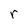
Character: r